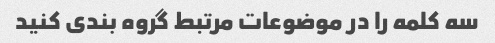
سه کلمه را در موضوعات مرتبط گروه بندی کنید